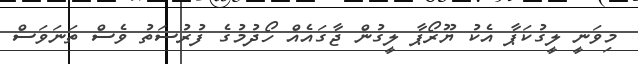
މިވަނީ ލީގުކަޕާ އެކު ޔޫރޯޕާ ލީގުން ޖާގައެއް ހޯދުމުގެ ފުރުސަތު ވެސް ތަނަވަސް